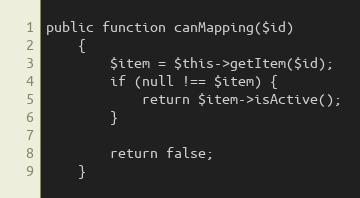
Language: PHP
public function canMapping($id)
    {
        $item = $this->getItem($id);
        if (null !== $item) {
            return $item->isActive();
        }

        return false;
    }